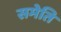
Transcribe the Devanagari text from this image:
समेति